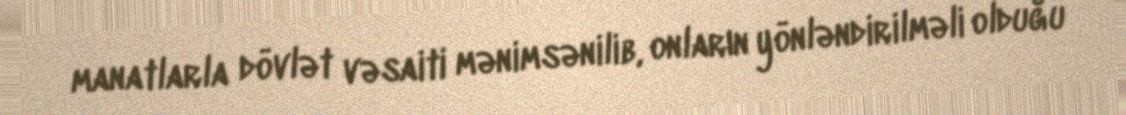
manatlarla dövlət vəsaiti mənimsənilib, onların yönləndirilməli olduğu